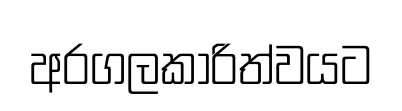
අරගලකාරිත්වයට